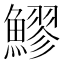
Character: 𬵩